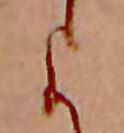
よ